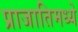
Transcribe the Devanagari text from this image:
प्राजातिमध्ये